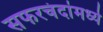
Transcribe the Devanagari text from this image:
सफरचंदांमध्ये